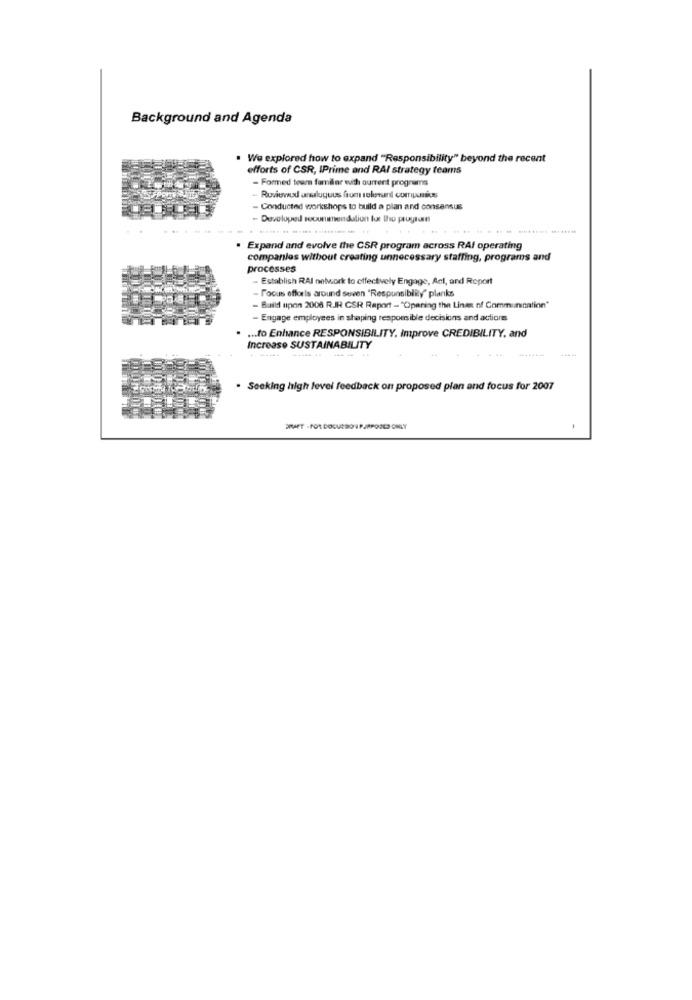
Background and Agenda
We explored how to expand "Responsibility" beyond the recent
efforts of CSR, IPrime and RAI strategy teams
- Formed toum familiar with ourrent programs
Reviewud analuguus from telenuanl compics
- Conducted workshops to build a plan and consensus
- Developed rooummendaliun fut the programn
. Expand and evolve the CSR program across RAI operating
companies without creating unnecessary staffing, programs and
processes
- Establish RAI network to effectively Engage, Act, and Report
- Focus offoris around seven "Responsiblily" planks
- Build upon 2008 R.JR. CSR Raport - "Opening the Lines of Communication"
- Engage employees in shaping responsible decisions and actions
... to Enhance RESPONSIBILITY, improve CREDIBILITY, and
Increase SUSTAINABILITY
---- -----
. Seeking high level feedback on proposed plan and focus for 2007
ERAET - FOR DOCURSO I PJRPOOLS ONLY